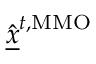
\underline { { \hat { x } } } ^ { t , \mathrm { M M O } }